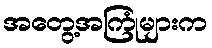
အတွေ့အကြုံများက